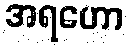
အရဟော